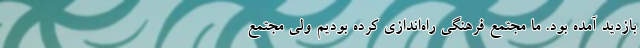
بازدید آمده بود. ما مجتمع فرهنگی راه‌اندازی کرده بودیم ولی مجتمع